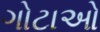
ગોટાઓ